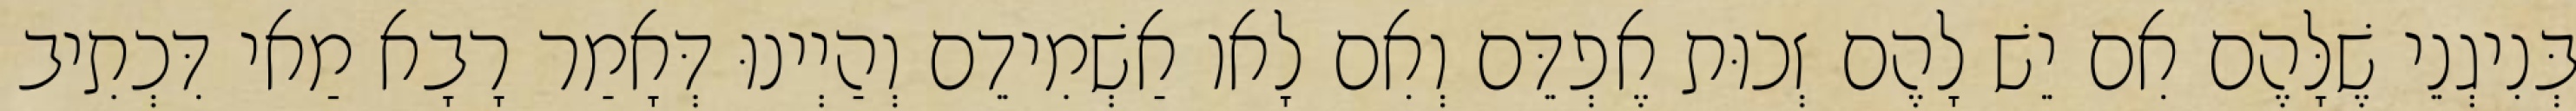
בְּנִיגְנֵי שֶׁלָּהֶם אִם יֵשׁ לָהֶם זְכוּת אֶפְדֵּם וְאִם לָאו אַשְׁמִידֵם וְהַיְינוּ דְּאָמַר רָבָא מַאי דִּכְתִיב